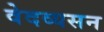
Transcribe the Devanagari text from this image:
वेदव्यसन